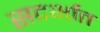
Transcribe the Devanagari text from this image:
सदर्भात